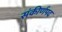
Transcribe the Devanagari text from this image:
संकीर्णपद